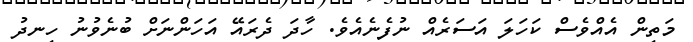
މަތިން އެއްވެސް ކަހަލަ އަސަރެއް ނުފެނެއެވެ. ހާދަ ދެރައޭ އަހަންނަށް ބުނެވުނު ހިނދު